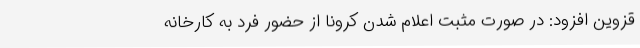
قزوین افزود: در صورت مثبت اعلام شدن کرونا از حضور فرد به کارخانه